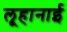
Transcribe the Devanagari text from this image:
लूहानाई